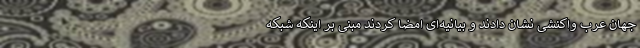
جهان عرب واکنشی نشان دادند و بیانیه‌ای امضا کردند مبنی بر اینکه شبکه